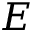
E